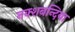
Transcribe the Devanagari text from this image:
नक्शबन्दिया